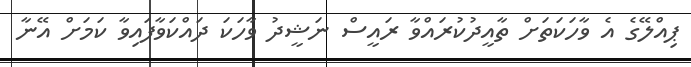
ޕިއްލޭގެ އެ ވާހަކަތަށް ތާއީދުކުރައްވާ ރައީސް ނަޝީދު ވާހަކަ ދައްކަވާފައިވާ ކަމަށް އޭނާ